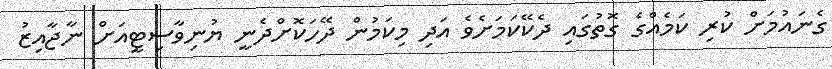
ގެނައުމަށް ކުރި ކަމެއްގެ ގޮތުގައި ދެކޭކަމަށެވެ އަދި މިކަމުން ދޭހަކޮށްދެނީ ޔުނިވާސިޓީއަށް ނާޖާއިޒު